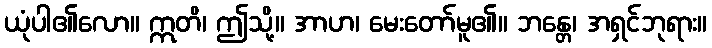
ယုံပါ၏လော။ ဣတိ၊ ဤသို့။ အာဟ၊ မေးတော်မူ၏။ ဘန္တေ၊ အရှင်ဘုရား။